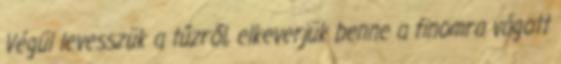
Végül levesszük a tűzről, elkeverjük benne a finomra vágott